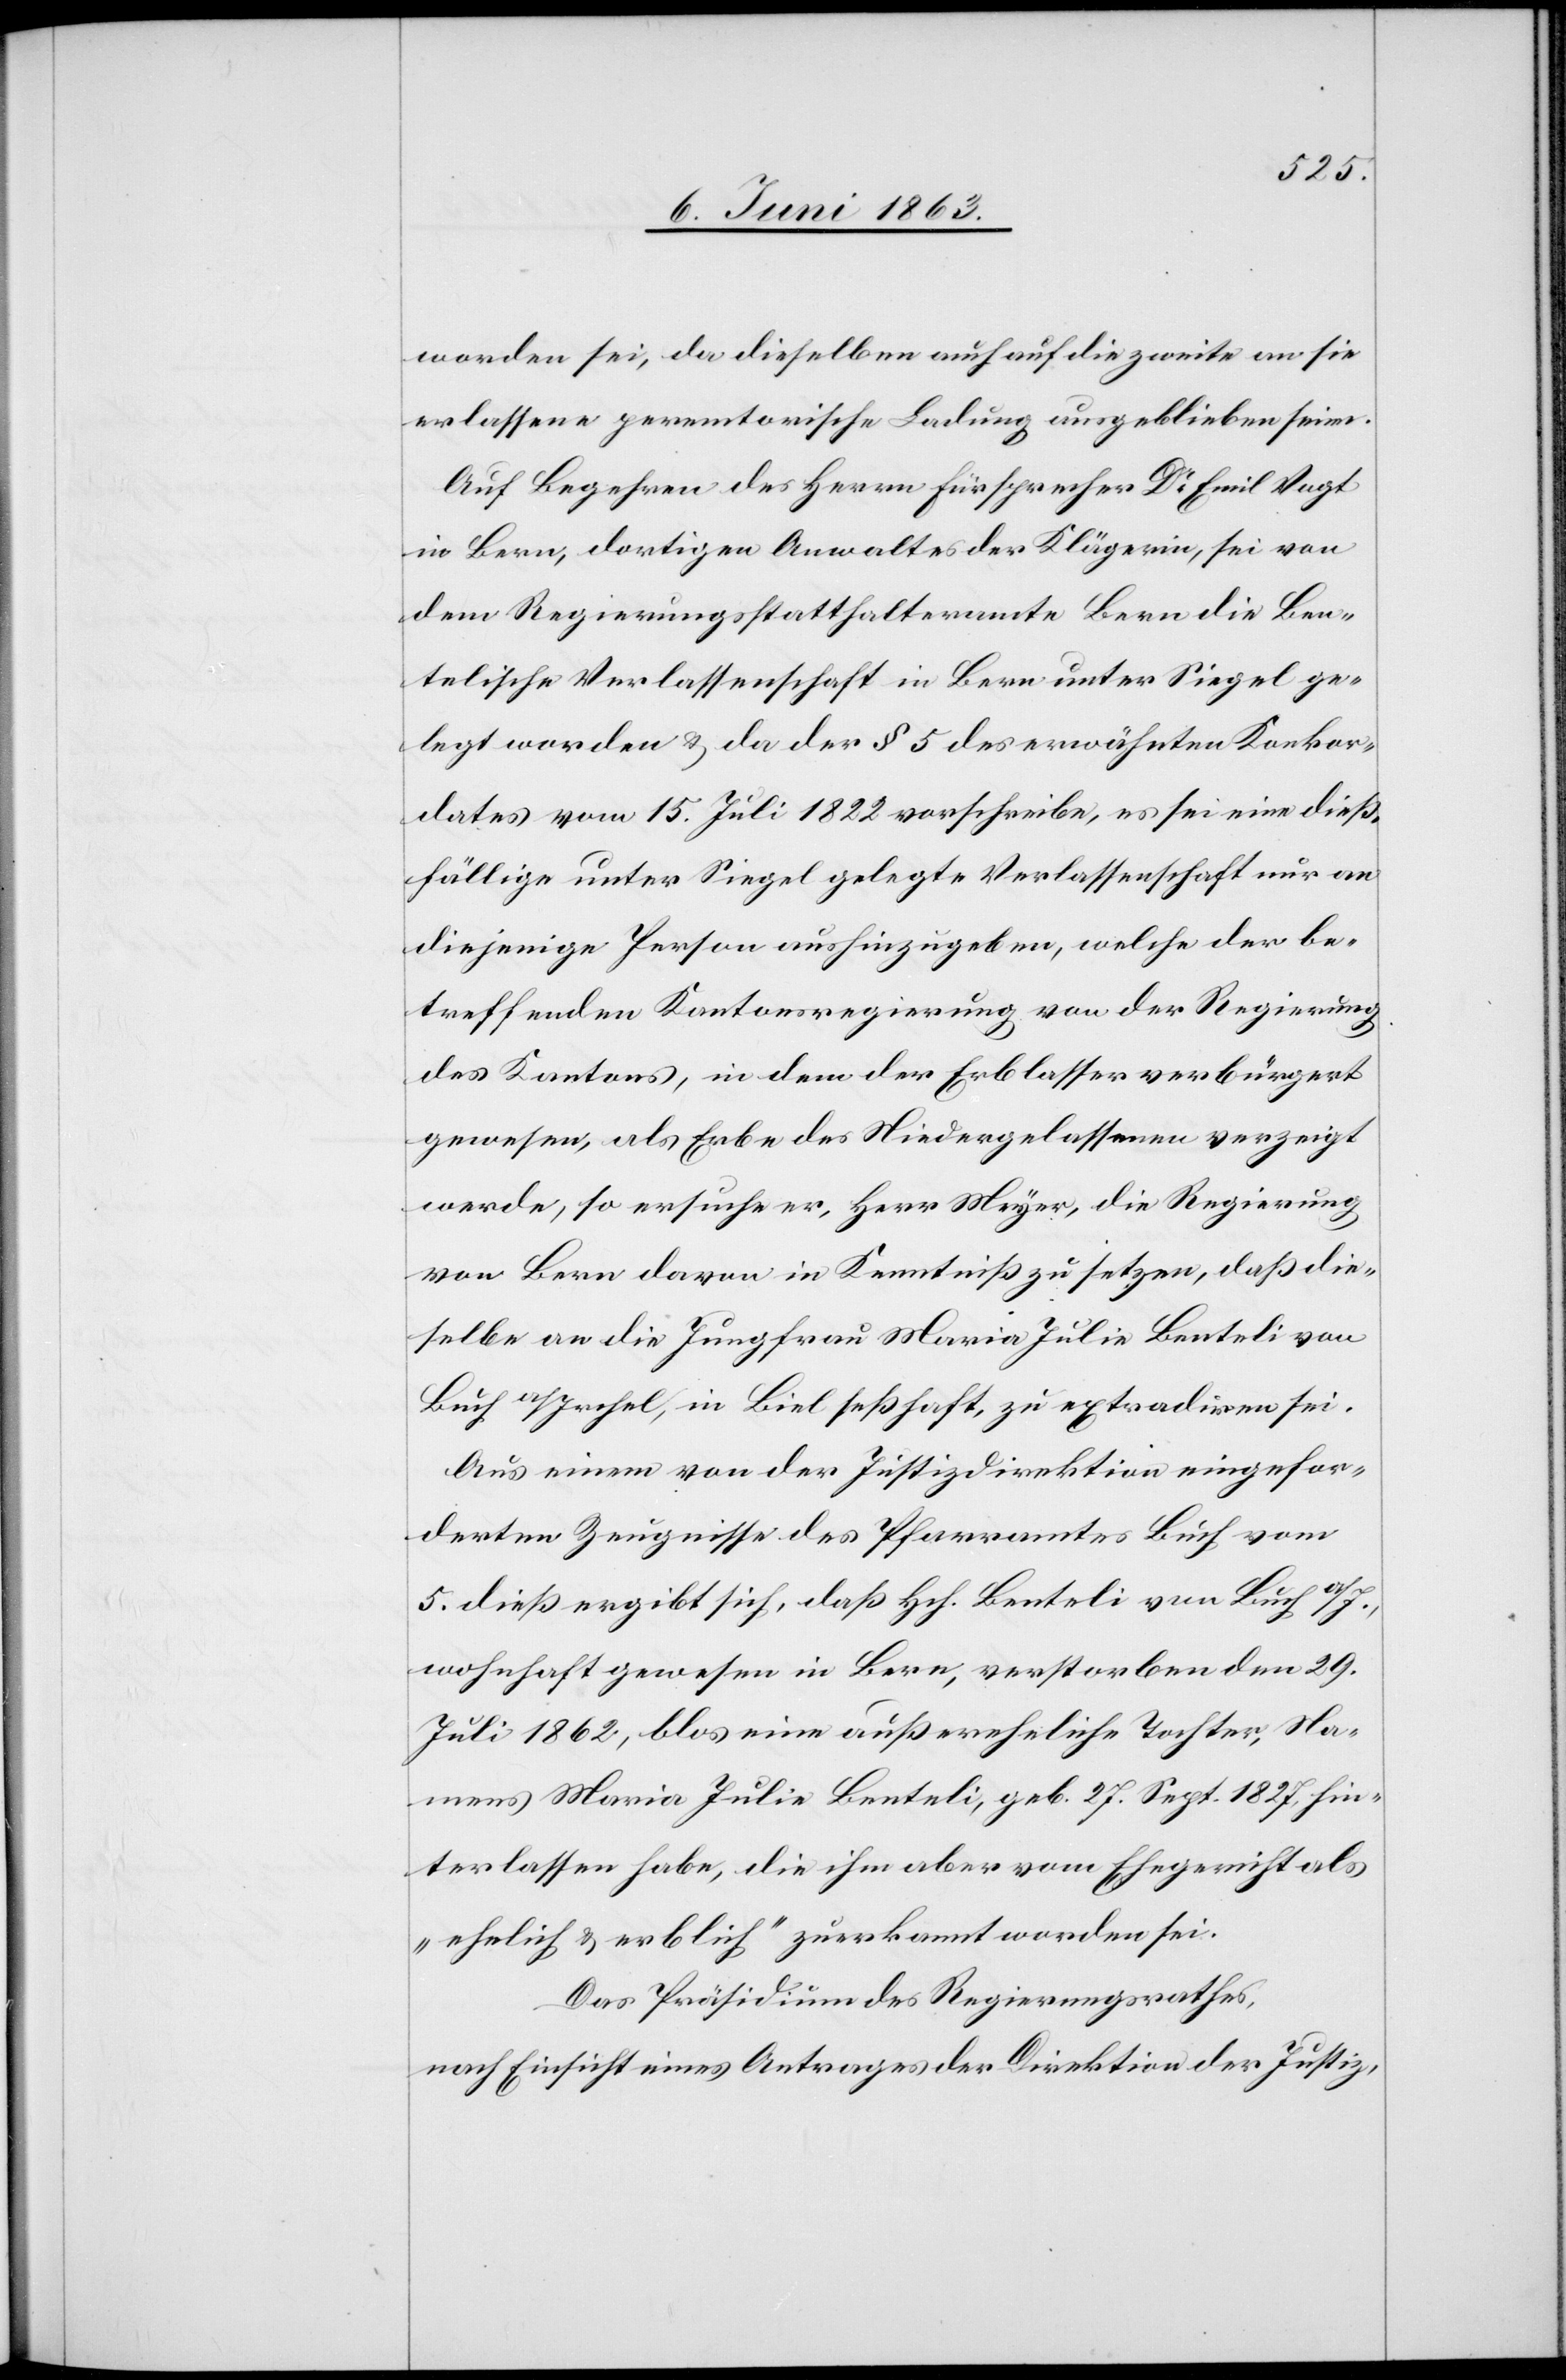
worden sei, da dieselben auch auf die zweite an sie
erlassene peremtorische Ladung ausgeblieben seien.
Auf Begehren des Herrn Fürsprecher Dr Emil Vogt
in Bern, dortigen Anwaltes der Klägerin, sei von
dem Regierungsstatthalteramte Bern die Ben¬
telische Verlassenschaft in Bern unter Siegel ge¬
legt worden & da der § 5 des erwähnten Konkor¬
dates vom 15. Juli 1822 vorschreibe, es sei eine dieß¬
fällige unter Siegel gelegte Verlassenschaft nur an
diejenige Person aushinzugeben, welche der be¬
treffenden Kantonsregierung von der Regierung
des Kantons, in dem der Erblasser verbürgert
gewesen, als Erbe des Niedergelassenen verzeigt
werde, so ersuche er, Herr Meyer, die Regierung
von Bern davon in Kenntniß zu setzen, daß die¬
selbe an die Jungfrau Maria Julie Benteli von
Buch a/Irchel, in Biel seßhaft, zu extradiren sei.
Aus einem von der Justizdirektion eingefor¬
derten Zeugnisse des Pfarramtes Buch vom
5. dieß ergibt sich, daß Hch. Benteli von Buch a/I.,
wohnhaft gewesen in Bern, verstorben den 29.
Juli 1862, blos eine außereheliche Tochter, Na¬
mens Maria Julie Benteli, geb. 27. Sept. 1827, hin¬
terlassen habe, die ihm aber vom Ehegericht als
„ehelich & erblich“ zuerkannt worden sei.
Das Präsidium des Regierungsrathes,
nach Einsicht eines Antrages der Direktion der Justiz,